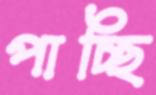
পাচ্ছি